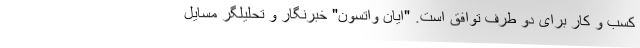
کسب و کار برای دو طرف توافق است. "ایان واتسون" خبرنگار و تحلیلگر مسایل